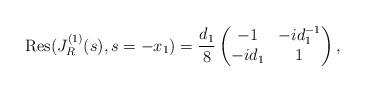
LaTeX: \begin{align*}\mbox{Res}(J_{R}^{(1)}(s),s = -x_{1}) = \frac{d_{1}}{8}\begin{pmatrix}-1 & -id_{1}^{-1} \\ -id_{1} & 1\end{pmatrix},\end{align*}